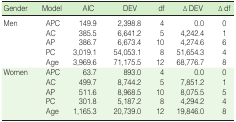
<table><thead><tr><td><b>Gender</b></td><td><b>Model</b></td><td><b>AIC</b></td><td><b>DEV</b></td><td><b>df</b></td><td><b>Δ DEV</b></td><td><b>Δ df</b></td></tr></thead><tbody><tr><td rowspan="5">Men</td><td>APC</td><td>149.9</td><td>2,398.8</td><td>4</td><td>0.0</td><td>0</td></tr><tr><td>AC</td><td>385.5</td><td>6,641.2</td><td>5</td><td>4,242.4</td><td>1</td></tr><tr><td>AP</td><td>386.7</td><td>6,673.4</td><td>10</td><td>4,274.6</td><td>6</td></tr><tr><td>PC</td><td>3,019.1</td><td>54,053.1</td><td>8</td><td>51,654.3</td><td>4</td></tr><tr><td>Age</td><td>3,969.6</td><td>71,175.5</td><td>12</td><td>68,776.7</td><td>8</td></tr><tr><td rowspan="5">Women</td><td>APC</td><td>63.7</td><td>893.0</td><td>4</td><td>0.0</td><td>0</td></tr><tr><td>AC</td><td>499.7</td><td>8,744.2</td><td>5</td><td>7,851.2</td><td>1</td></tr><tr><td>AP</td><td>511.6</td><td>8,968.5</td><td>10</td><td>8,075.5</td><td>5</td></tr><tr><td>PC</td><td>301.8</td><td>5,187.2</td><td>8</td><td>4,294.2</td><td>4</td></tr><tr><td>Age</td><td>1,165.3</td><td>20,739.0</td><td>12</td><td>19,846.0</td><td>8</td></tr></tbody></table>